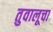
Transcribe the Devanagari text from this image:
तुवालूचा